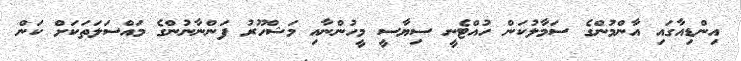
އިންޑިއާގައި އާންމުންގެ ސަމާލުކަން ހުއްޓެނީ ސިޔާސީ މީހުންނާއި މަޝްހޫރު ފަންނާނުންގެ މައްސަލަތަކަށް ކަން